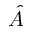
\hat { A }